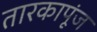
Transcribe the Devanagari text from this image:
तारकापूंज